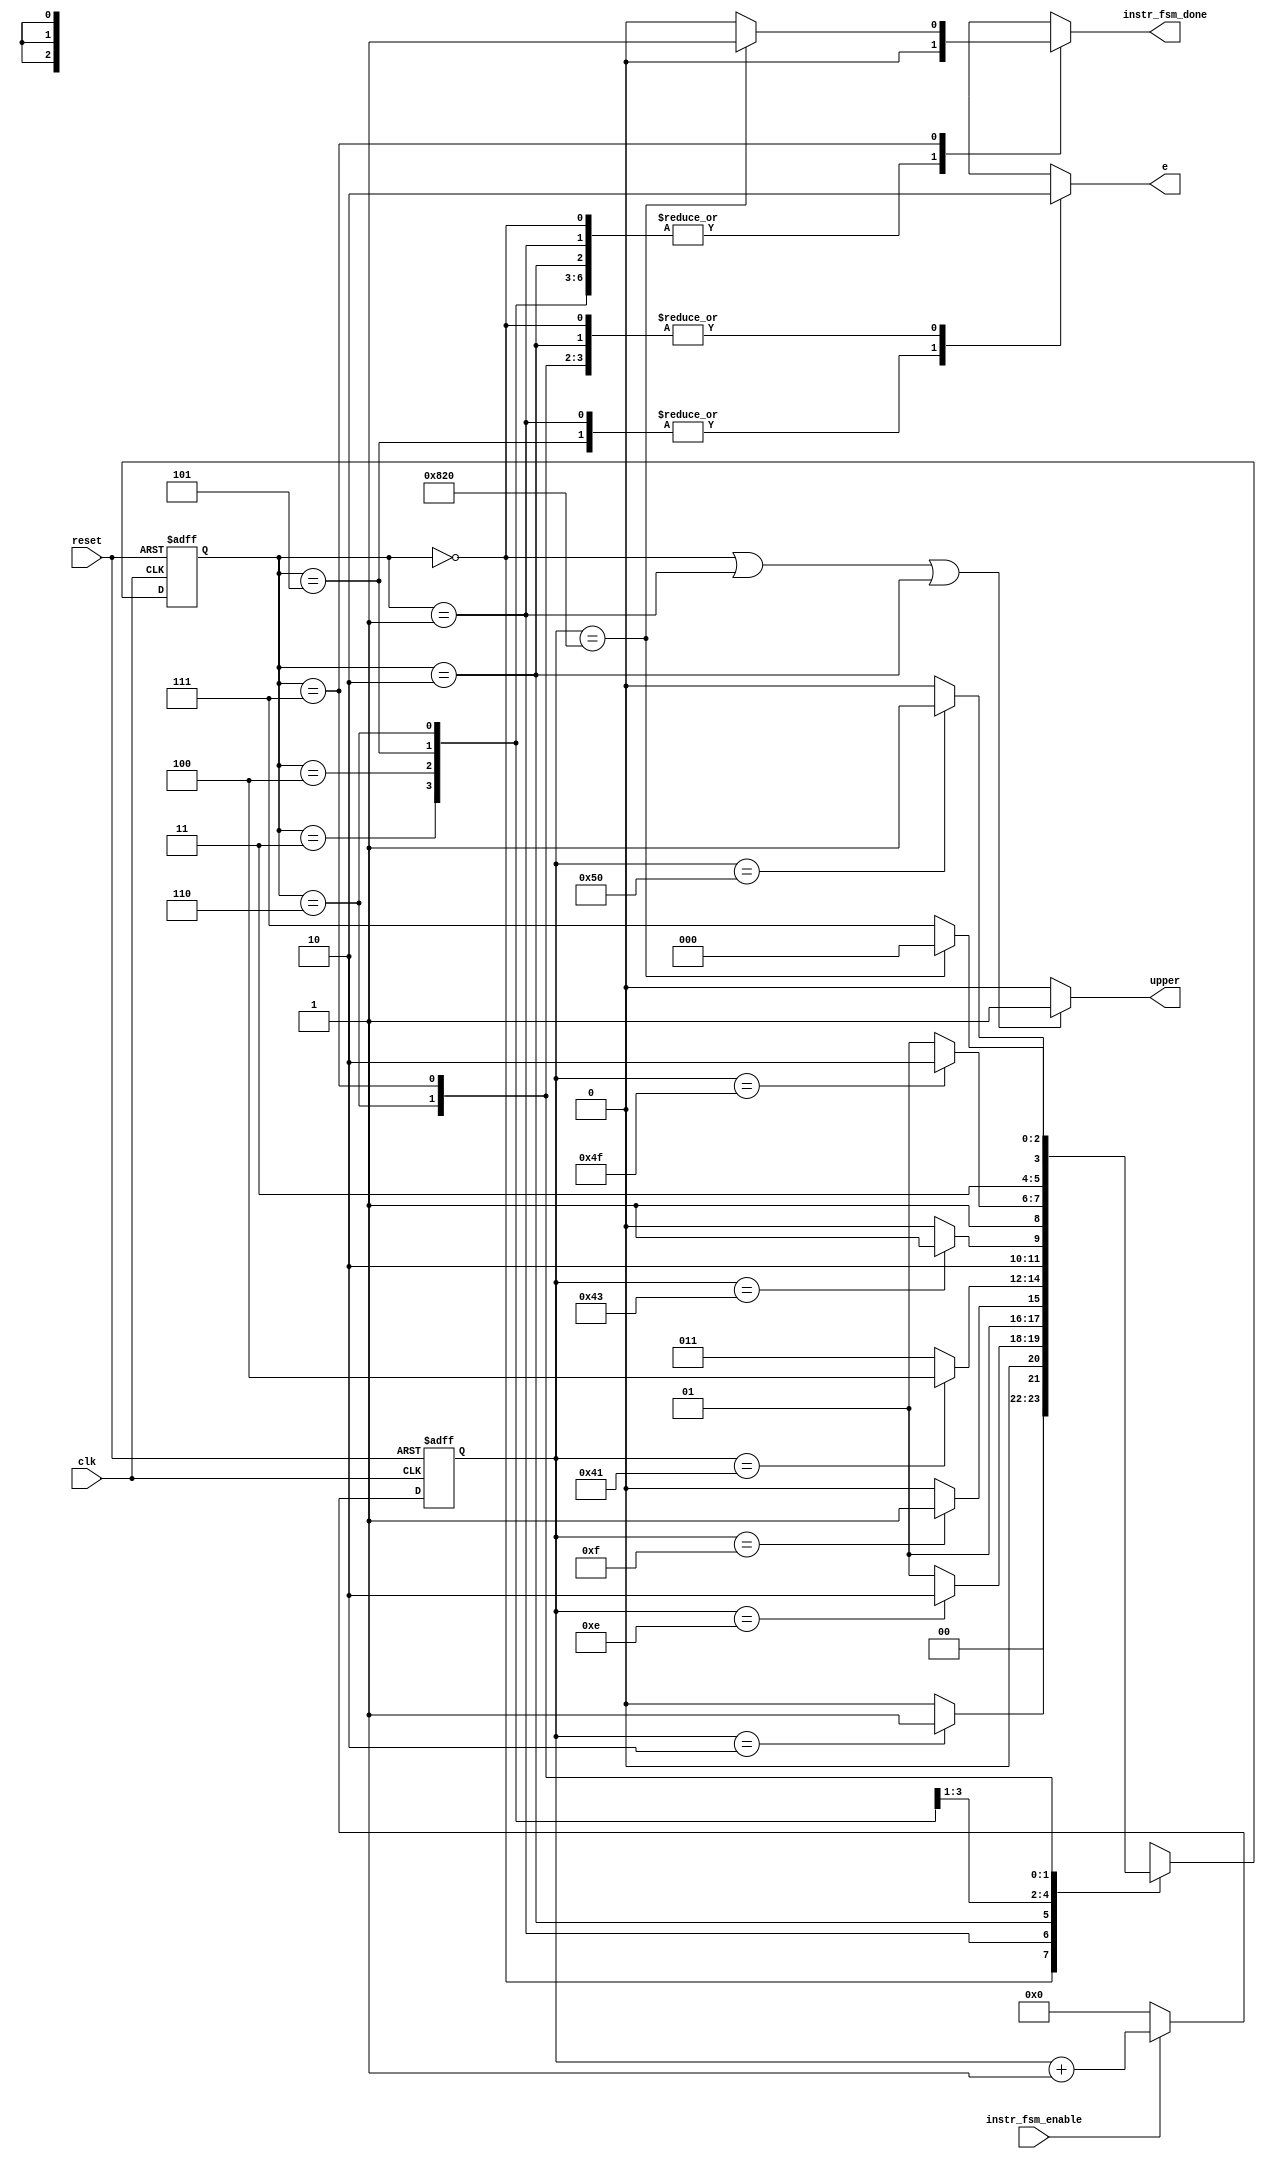
/* The instruction fsm
 *
 * I implemented it as Mealy FSM 
 *
 *
 */

module instruction_fsm(clk, reset, instr_fsm_enable, e, instr_fsm_done, upper);
input clk, reset, instr_fsm_enable;
output reg  e, instr_fsm_done;
output upper;
// output [3:0] sf_d;

reg [2:0] current_state;
reg [2:0] next_state;
reg [11:0] counter;

parameter state_setup_upper = 3'b000,
          state_data_upper  = 3'b001,
          state_hold_upper  = 3'b010,
          state_wait_interm = 3'b011,
          state_setup_lower = 3'b100,
          state_data_lower  = 3'b101,
          state_hold_lower  = 3'b110,
          state_done        = 3'b111;


// edw tha ginei ena assign me poluplekth gia upper h lower nibble
assign upper = (current_state == state_setup_upper ||
                current_state == state_data_upper  ||
                current_state == state_hold_upper ) ? 1 : 0;

always @ (posedge clk or posedge reset)
begin
	if(reset)
	begin
		current_state <= state_setup_upper;
		counter <= 'b0;
	end
	else
	begin
		current_state <= next_state;
		if(instr_fsm_enable)
			counter <= counter + 1;
		else
			counter <= 'b0;
	end
end


always @ (current_state or counter)
begin
	case(current_state)

		state_setup_upper:
		begin
			e = 1'b0;
			instr_fsm_done = 1'b0;
			if(counter == 'b10)                         // decimal:  2
				next_state = state_data_upper;
			else
				next_state = state_setup_upper;
		end

		state_data_upper:
		begin
			e = 1'b1;
			instr_fsm_done = 1'b0;
			if(counter == 'b1110)                      // decimal: 14
				next_state = state_hold_upper;
			else
				next_state = state_data_upper;
		end

		state_hold_upper:
		begin
			e = 1'b0;
			instr_fsm_done = 1'b0;
			if(counter == 'b1111)                     // decimal: 15
				next_state = state_wait_interm;
			else
				next_state = state_hold_upper;
		end

		state_wait_interm:
		begin
			e = 1'b0;
			instr_fsm_done = 1'b0;
			if(counter == 'b0100_0001)               // decimal: 65
				next_state = state_setup_lower;
			else
				next_state = state_wait_interm;
		end

		state_setup_lower:
		begin
			e = 1'b0;
			instr_fsm_done = 1'b0;
			if(counter == 'b100_0011)               // decimal:  67
				next_state = state_data_lower;
			else
				next_state = state_setup_lower;
		end

		state_data_lower:
		begin
			e = 1'b1;
			instr_fsm_done = 1'b0;
			if(counter == 'b0100_1111)             // decimal: 79
				next_state = state_hold_lower;
			else
				next_state = state_data_lower;
		end

		state_hold_lower:
		begin
			e = 1'b0;
			instr_fsm_done = 1'b0;
			if(counter == 'b0101_0000)            // decimal: 80
				next_state = state_done;
			else
				next_state = state_hold_lower;
		end

		state_done:
		begin
			e = 1'b0;
			if(counter == 'b1000_0010_0000)      // decimal: 2080
			begin
				next_state = state_setup_upper;
				instr_fsm_done = 1'b1;
			end
			else
			begin
				next_state = state_done;
				instr_fsm_done = 1'b0;
			end
		end

		default:
		begin // it will never get in here
			next_state = 3'bXXX;
			e = 1'b0;
			instr_fsm_done = 1'b0;
		end
	endcase
end

endmodule